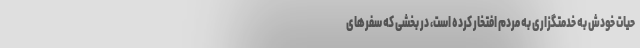
حیات خودش به خدمتگزاری به مردم افتخار کرده است، در بخشی که سفرهای